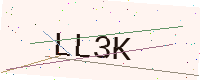
Text: LL3K